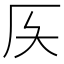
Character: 𠨮